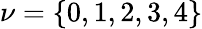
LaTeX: \nu=\{ 0,1,2,3,4\}